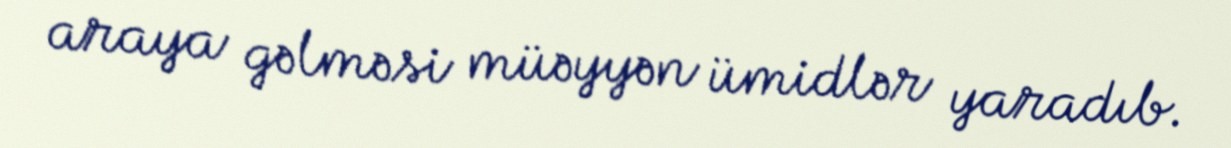
araya gəlməsi müəyyən ümidlər yaradıb.